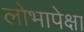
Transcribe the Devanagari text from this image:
लोभापेक्षा